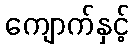
ကျောက်နှင့်